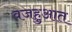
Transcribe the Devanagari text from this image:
वजहुआत